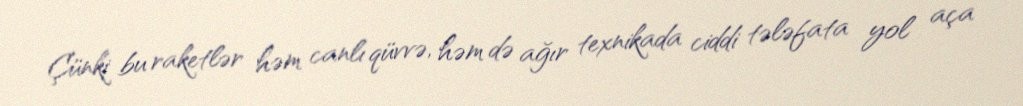
Çünki bu raketlər həm canlı qüvvə, həm də ağır texnikada ciddi tələfata yol aça